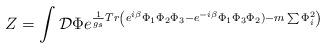
LaTeX: \begin{align*}Z=\int \mathcal{D}\Phi e^{\frac1{g_s} Tr \left( e^{i\beta}\Phi_1\Phi_2\Phi_3-e^{-i\beta}\Phi_1\Phi_3\Phi_2)-m\sum \Phi_i^2 \right)}\end{align*}